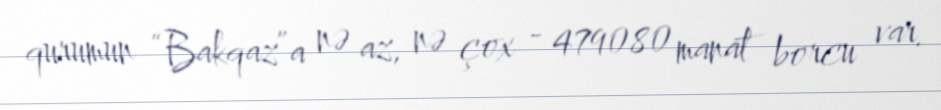
qurumun “Bakqaz”a nə az, nə çox - 479080 manat borcu var.